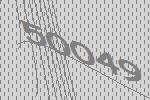
50049